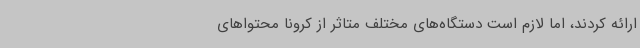
ارائه کردند، اما لازم است دستگاه‌های مختلف متاثر از کرونا محتواهای